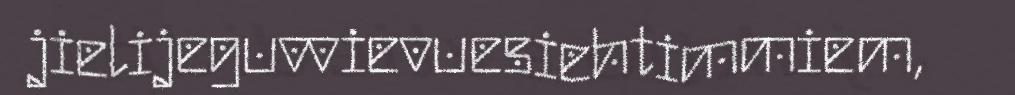
jielijeguvvievuesiehtimmiem,